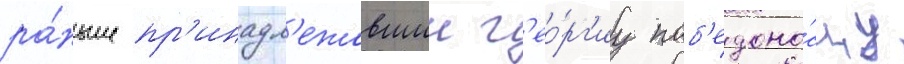
ра́ньше пр'инадл'ежавшии г'ео́рг'иу поб'едоно́сцу